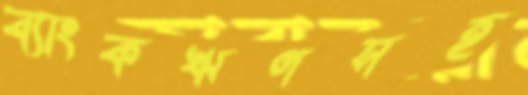
ব্যাংকঋণসহ